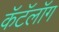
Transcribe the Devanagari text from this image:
कॅटॅलॉग